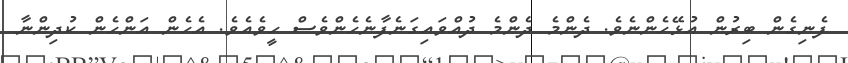
ފެނިގެން ބިރުން އުޅޭހެންނެވެ. ދެންމެ ދެންމެ ދުއްވައިގަނެފާނެހެންވެސް ހީވެއެވެ. އެހެން އަންހެން ކުދިންނާ